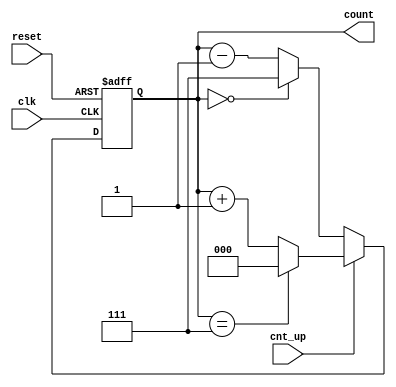
module up_down_counter (
    input wire clk,          // Asynchronous clock input
    input wire cnt_up,      // Control signal for counting direction
    input wire reset,       // Asynchronous active-high reset signal
    output reg [2:0] count  // 3-bit output for count value (0 to 7)
);

    // Asynchronous reset
    always @ (posedge clk or posedge reset) begin
        if (reset) begin
            count <= 3'b000; // Reset count to 0
        end else begin
            if (cnt_up) begin
                // Count Up
                if (count == 3'b111) begin
                    count <= 3'b000; // Wrap around to 0
                end else begin
                    count <= count + 1; // Increment count
                end
            end else begin
                // Count Down
                if (count == 3'b000) begin
                    count <= 3'b111; // Wrap around to max value
                end else begin
                    count <= count - 1; // Decrement count
                end
            end
        end
    end

endmodule